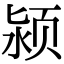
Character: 颍